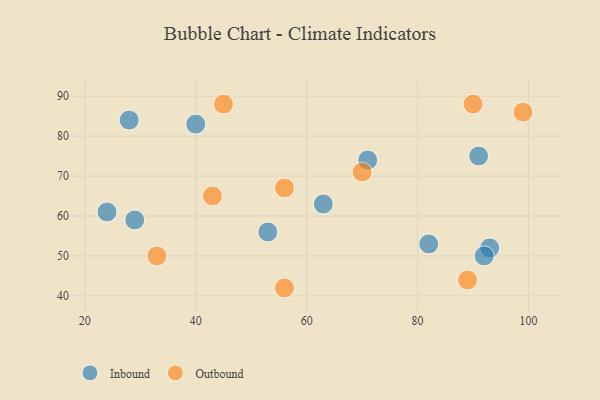
{"axis": {"x": "GDP", "y": "Life Expectancy"}, "legend": ["Inbound", "Outbound"], "data": [{"x": "24", "y": 61, "type": "Inbound"}, {"x": "93", "y": 52, "type": "Inbound"}, {"x": "28", "y": 84, "type": "Inbound"}, {"x": "63", "y": 63, "type": "Inbound"}, {"x": "92", "y": 50, "type": "Inbound"}, {"x": "91", "y": 75, "type": "Inbound"}, {"x": "29", "y": 59, "type": "Inbound"}, {"x": "71", "y": 74, "type": "Inbound"}, {"x": "40", "y": 83, "type": "Inbound"}, {"x": "82", "y": 53, "type": "Inbound"}, {"x": "53", "y": 56, "type": "Inbound"}, {"x": "56", "y": 67, "type": "Outbound"}, {"x": "99", "y": 86, "type": "Outbound"}, {"x": "33", "y": 50, "type": "Outbound"}, {"x": "90", "y": 88, "type": "Outbound"}, {"x": "45", "y": 88, "type": "Outbound"}, {"x": "56", "y": 42, "type": "Outbound"}, {"x": "43", "y": 65, "type": "Outbound"}, {"x": "70", "y": 71, "type": "Outbound"}, {"x": "89", "y": 44, "type": "Outbound"}]}